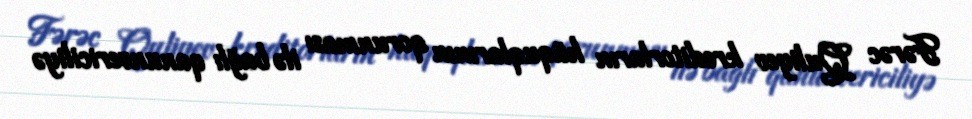
Fərəc Quliyev kreditorların hüquqlarının qorunması ilə bağlı qanunvericiliyə